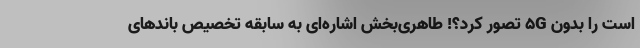
است را بدون 5G تصور کرد؟! طاهری‌بخش اشاره‌ای به سابقه تخصیص باندهای